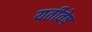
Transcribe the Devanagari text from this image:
यतीवेष